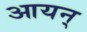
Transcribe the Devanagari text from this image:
आयन्